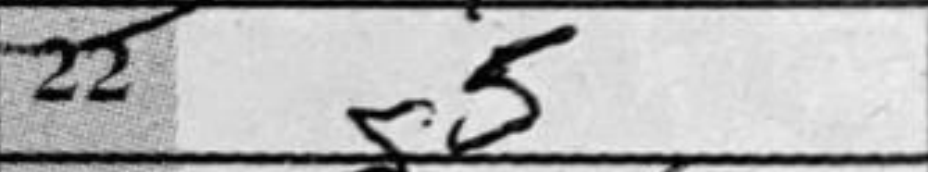
Transcription: g5